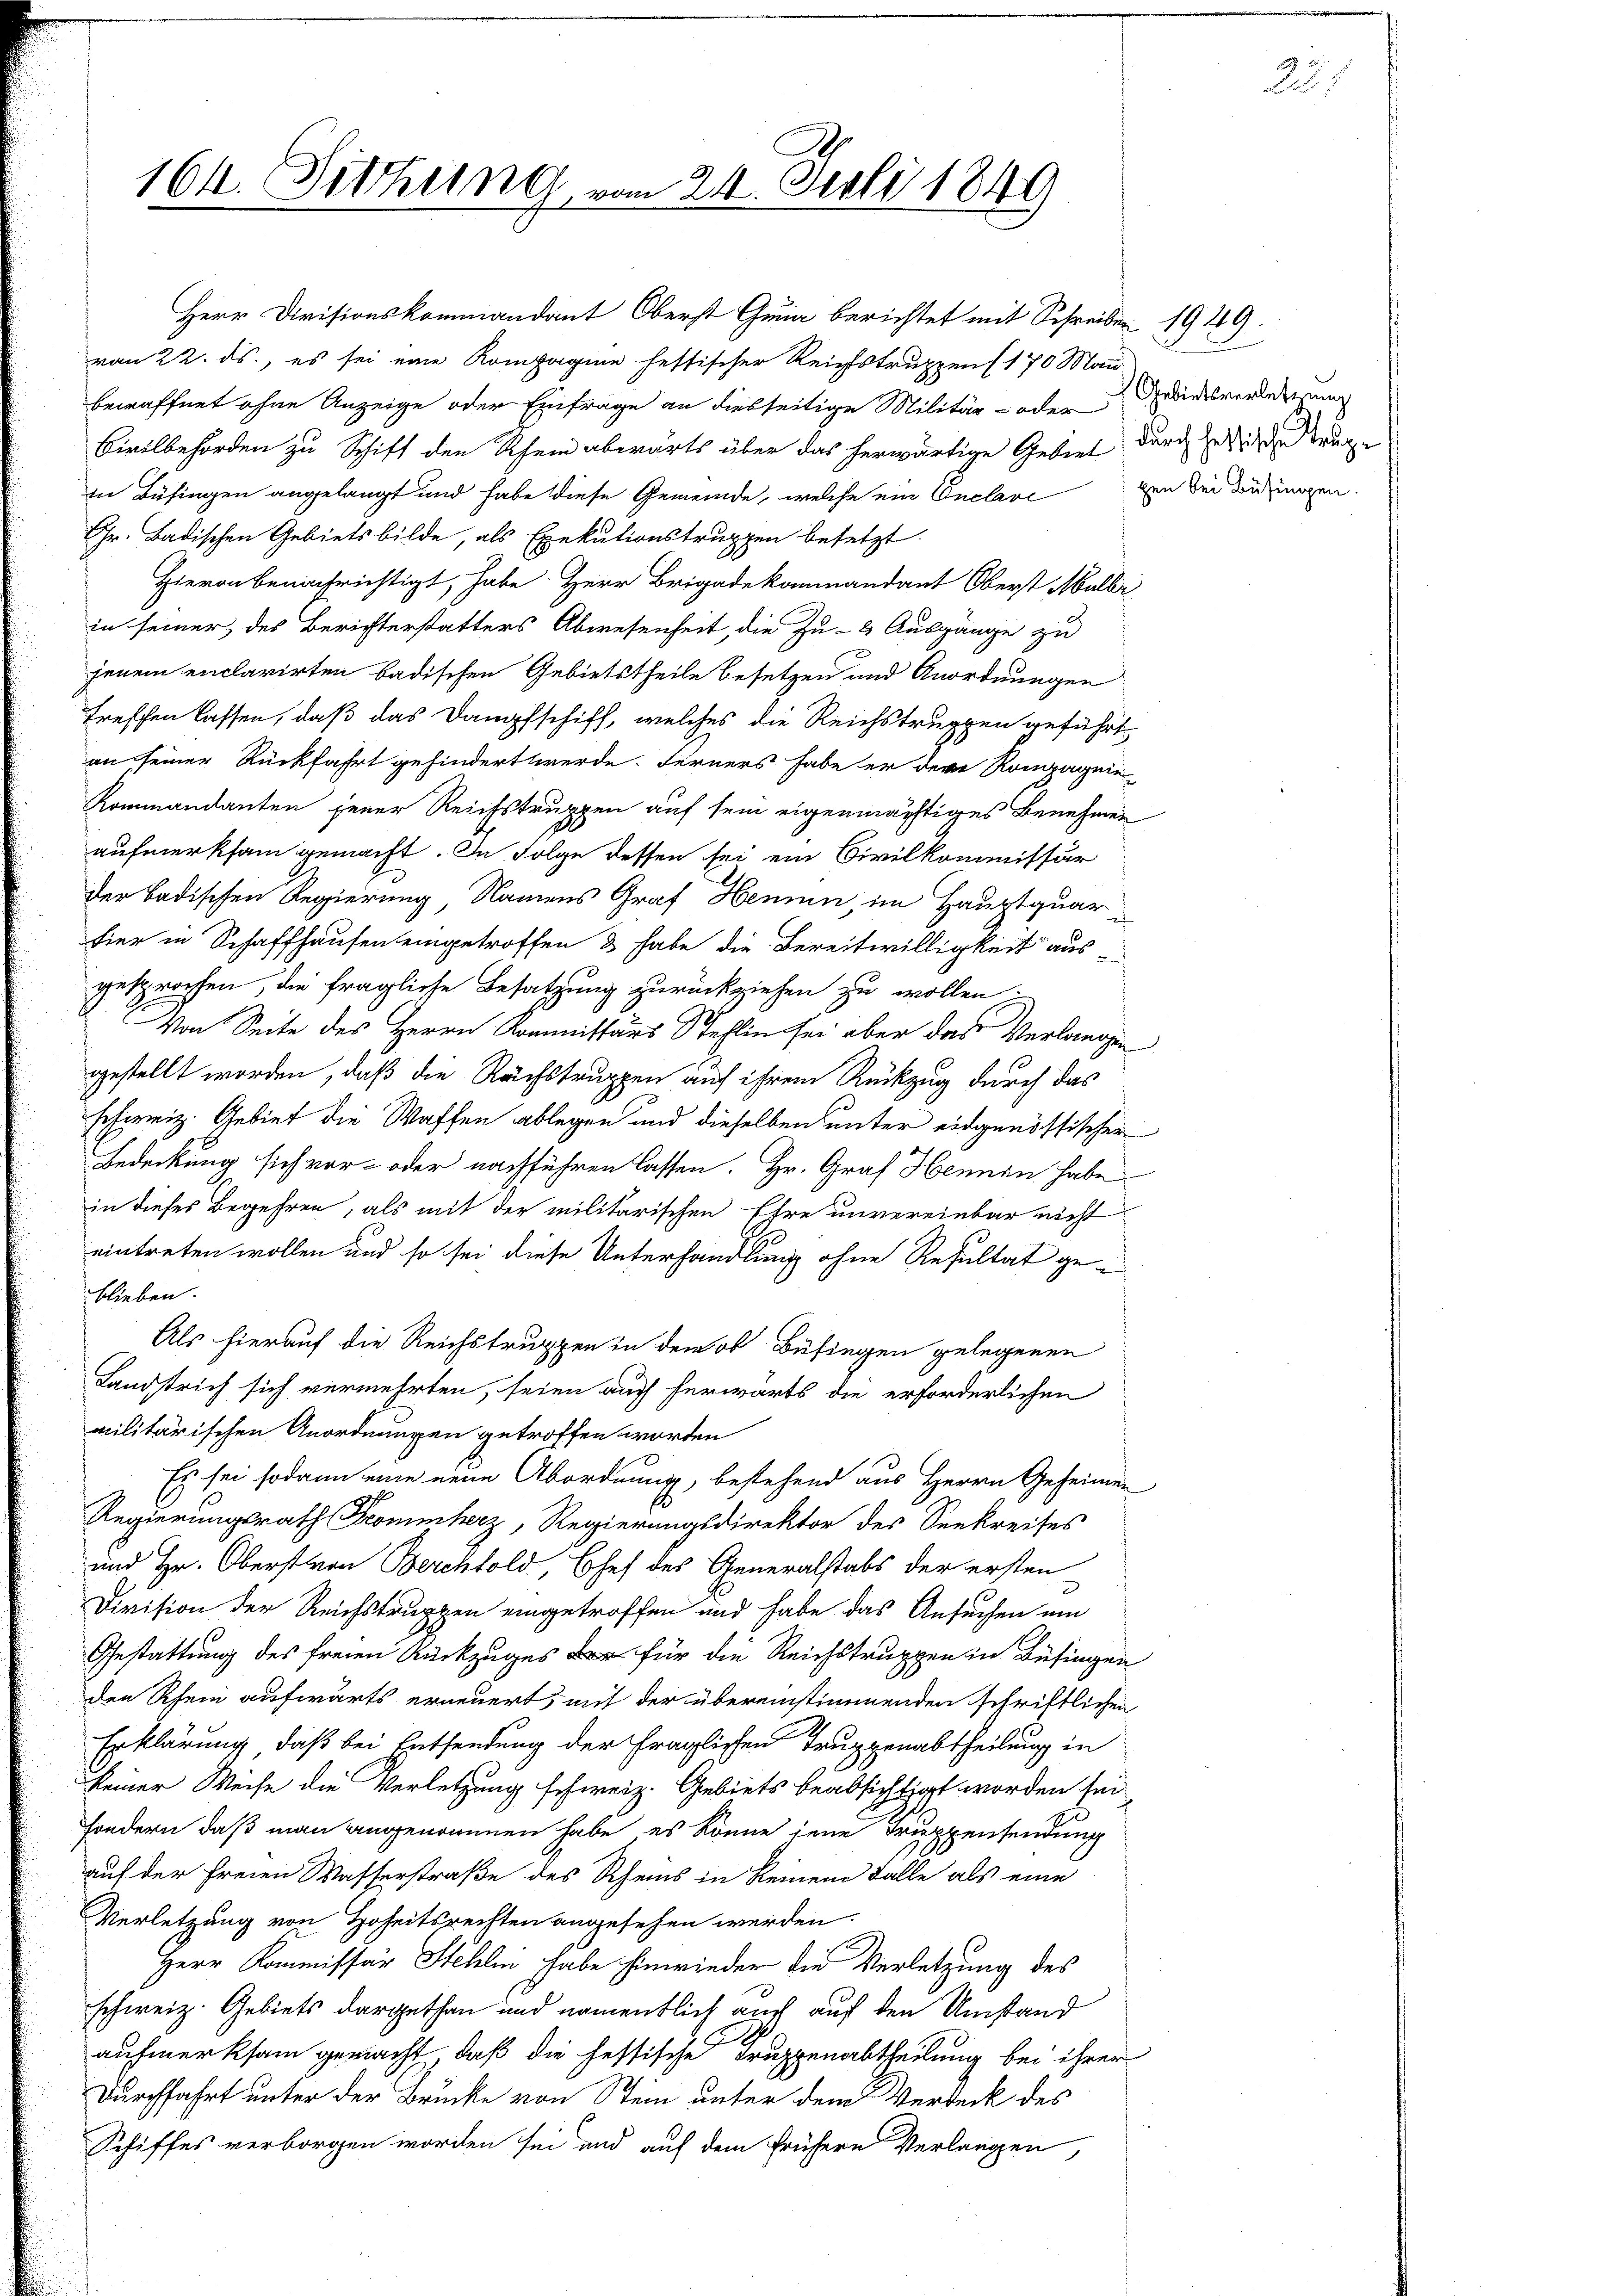
164. Sitzung
 vom 24. Juli 1846

von 22. ds., es sei eine Kompagine festischer Reichtstruppen (170 Mai
bewaffnet ohne Anzeige oder Einfrage an diesseitige Militär- oder
Civilbehörden zu Schift den Rhein abwärts über das herwärtige Gebiet
zu Büfingen angelangt und habe diese Gemeinde, welche ein Onclari von der drungen
Gr. Badischen Gebietsbilde, als Exekutionstruppen besetzt.
Hievon benachrichtigt, habe Herr Brigadekommandant Oberst Mulbi
in seiner, des Berichterstatters Abwesenheit, die Zu- & Ausgänge zu
jenem enclarirten badischen Gebietstheile besetzen und Anordnungen
treffen lassen, daß das Dampfschiff, welches die Reichstruppen geführt
an seiner Rückfahrt gehindert werde. Ferners habe er der Kompagnie-
Kommandanten jener Reichstruppen auf sein eigenmächtiges Benehmen
aufmerksam gemacht. In Folge dessen sei ein Civilkommissär
der badischen Regierung Namens Graf Hennen, im Hauptquar
hier in Schaffhausen eingetroffen & habe die Bereitwilligkeit aus-
gesprochen, die fragliche Besatzung zurückziehen zu wollen;
Von Seite des Herrn Kommissärs Stehlin sei aber das Verlangen
gestellt worden, daß die Rachstruppen auf ihrem Rückzug durch das
schweiz. Gebiet die Waffen ablegen und dieselben unter eidgenössischer
Bedeckung sich vor- oder nachführen lassen. Hr. Graf Hennen habe
in dieses Begehren, als mit der militarischen Ehre unvereinbar nicht
eintreten wollen und so sei diese Unterhandlung ohne Resultat geblieben.
Als hierauf die Reichstruppen in dem ob Besiegen gelegenen
Landstrich sich vermehrten, seien auch herwärts die erforderlichen
militärischen Anordnungen getroffen worden
Es sei sodann eine neue Abordnung, bestehend aus Herrn Geheimen
Regierungsrath Frommherz, Regierungsdirektor des Seekreises
und Hr. Oberst von Berchtold, Chef des Generalstabs der ersten
Division der Reichstruppen eingetroffen und habe das Ansuchen um
Gestattung des freien Rückzuges der für die Reichstruppen in Besingen
den Rhein aufwärts erneuert, mit der übereinstimmenden schriftlichen
Erklärung, daß bei Entsendung der fraglichen Truppenabtheilung in
keiner Weise die Verletzung schweiz. Gebiets beabsichtigt worden sei.
sondern, daß man angenommen habe, es könne jene Truppensendung
auf der freien Wasserstraße des Rheins in keinem Falle als eine
Verletzung von Hoheitsrechten angesehen werden.
Herr Kommissär Stehlin habe hinwieder die Verletzung des
schweiz. Gebiets dargethan und namentlich auch auf den Umstand
aufmerksam gemacht, daß die festische Truppenabtheilung bei ihrer
Durchfahrt unter der Brücke von Stein unter dem Verbeck des
Schiffes verborgen worden sei und auf dem frühere Verlangen,

Herr Divisionskommandant Oberst Quia berichtet mit Schreiber 1919.

Gebietsverletzung
durch hessische Trup¬

22.